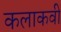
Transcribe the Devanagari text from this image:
कलाकवी